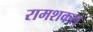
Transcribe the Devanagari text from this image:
रामशकल